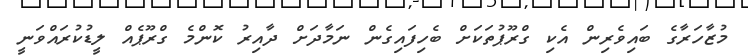
މުޒާހަރާގެ ބައިވެރިން އެކި ގްރޫޕުތަކަށް ބެހިފައިގެން ނަމާދަށް ދާއިރު ކޮންމެ ގްރޫޕެއް ލީޑުކުރައްވަނީ